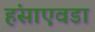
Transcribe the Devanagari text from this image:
हंसाएवडा